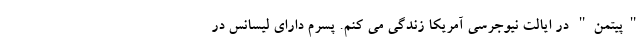
"پیتمن" در ایالت نیوجرسی آمریکا زندگی می کنم. پسرم دارای لیسانس در